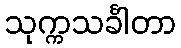
သုက္ကသင်္ခါတာ